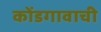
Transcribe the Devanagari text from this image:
कोंडगावाची